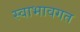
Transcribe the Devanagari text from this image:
स्वाभावगत